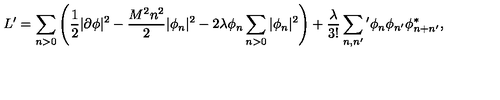
L ^ { \prime } = \sum _ { n > 0 } \left( \frac 1 2 | \partial \phi | ^ { 2 } - \frac { M ^ { 2 } n ^ { 2 } } { 2 } | \phi _ { n } | ^ { 2 } - 2 \lambda \phi _ { n } \sum _ { n > 0 } | \phi _ { n } | ^ { 2 } \right) + \frac { \lambda } { 3 ! } \sum _ { n , n ^ { \prime } } { } ^ { \prime } \phi _ { n } \phi _ { n ^ { \prime } } \phi _ { n + n ^ { \prime } } ^ { * } ,